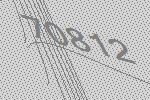
70812